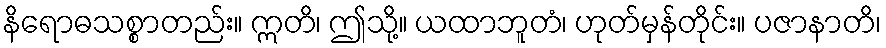
နိရောဓသစ္စာတည်း။ ဣတိ၊ ဤသို့။ ယထာဘူတံ၊ ဟုတ်မှန်တိုင်း။ ပဇာနာတိ၊